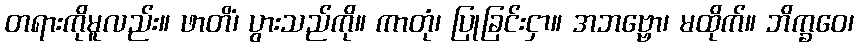
တရားကိုမူလည်း။ ဖာတိံ၊ ပွားသည်ကို။ ကာတုံ၊ ပြုခြင်းငှာ။ အဘဗ္ဗော၊ မထိုက်။ ဘိက္ခဝေ၊